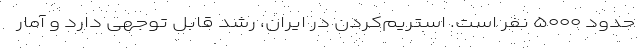
حدود ۵۰۰۰ نفر است. استریم‌کردن در ایران، رشد قابل توجهی دارد و آمار